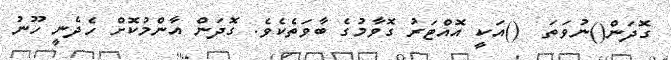
ގޮދަން()ނުވަތަ  ()އަކީ އޮއްޓަރު ގޮވާމުގެ ބާވަތެކެވެ. ގޮދަން އާންމުކޮށް ހެދެނީ ހޫނު